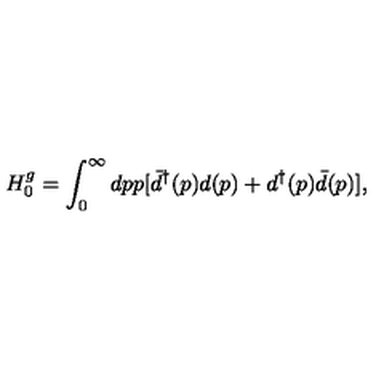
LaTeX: H _ { 0 } ^ { g } = \int _ { 0 } ^ { \infty } d p p [ { \bar { d } } ^ { \dag } ( p ) d ( p ) + d ^ { \dag } ( p ) \bar { d } ( p ) ] ,